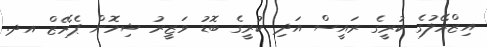
އިޒްރޭލުގެ ކުރީގެ ރައީސް އަދި ކުރީގެ ބޮޑު ވަޒީރު ޝިމޮން ޕެރޭޒް އދ.